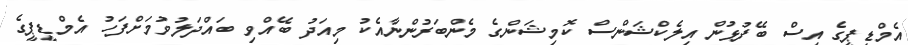
އެމްޑީޕީގެ އިސް ބޭފުޅުން އިލެކްޝަންސް ކޮމިޝަންގެ މެންބަރުންނާއެކު މިއަދު ބޭއްވި ބައްދަލުވުމަށްފަހު އެމްޑީޕީގެ